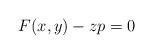
LaTeX: \begin{align*}F(x,y) - zp = 0\end{align*}